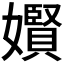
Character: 𪦬